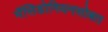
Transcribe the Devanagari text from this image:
मॅसिडोनियनसोबत